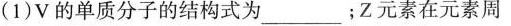
(1)V的单质分子的结构式为_；Z元素在元素周